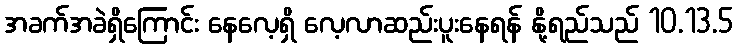
အခက်အခဲရှိကြောင်း နေလေ့ရှိ လေ့လာဆည်းပူးနေရန် နို့ရည်သည် 10.13.5